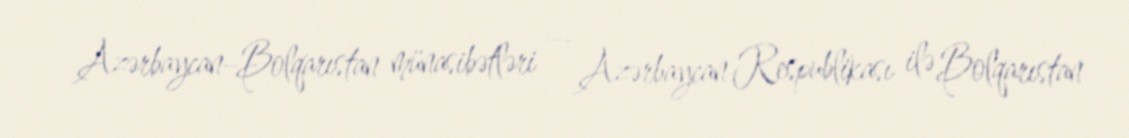
Azərbaycan–Bolqarıstan münasibətləri — Azərbaycan Respublikası ilə Bolqarıstan